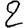
Digit: 2